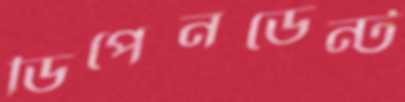
ডিপেনডেন্ট